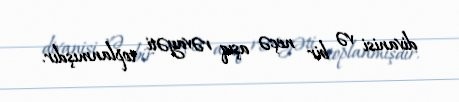
divanisi və bir neçə aşıq rəvayəti toplanmışdır.